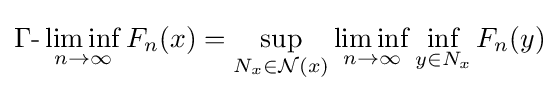
\Gamma {\text{-}}\liminf _{n\to \infty }F_{n}(x)=\sup _{N_{x}\in {\mathcal {N}}(x)}\liminf _{n\to \infty }\inf _{y\in N_{x}}F_{n}(y)